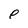
Character: p